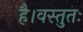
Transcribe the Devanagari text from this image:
है।वस्तुतः